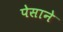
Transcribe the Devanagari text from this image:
पेसाने